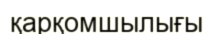
қарқомшылығы